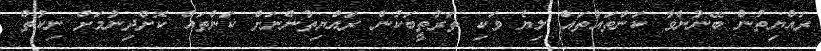
ރައްޔިތުން ބޭނުންވާ ކަންތައްތައް ލިޔެ ވަކި ތަރުތީބަކުން ރައްޔިތުންނަށް ކަންތައް ކޮށްދިނުމަށް ނިކުތް